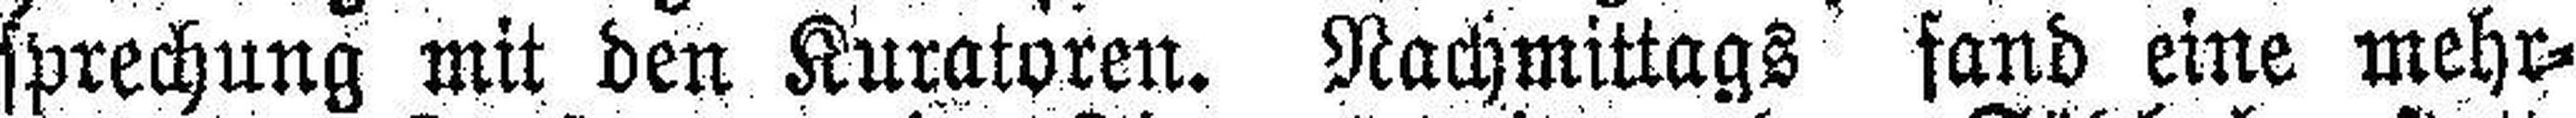
sprechung mit den Kuratoren. Nachmittags fand eine mehr¬